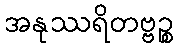
အနုဿရိတဗ္ဗဉ္စ